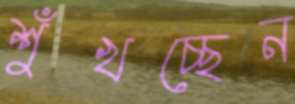
শুঁখচ্ছেন